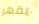
يقهر